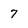
Character: 7